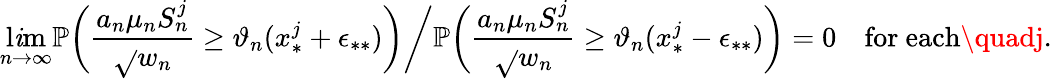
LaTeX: \operatorname*{l\mathit{i}m}_{n\to\infty}\mathbb{{P}}\bigg(\frac{{a_{n}\mu_{n}S_{n}^{j}}}{{\sqrt{}{{w_{n}}}}}\geq\vartheta_{n}(x_{*}^{j}+\epsilon_{**})\bigg)\bigg/\mathbb{{P}}\bigg(\frac{{a_{n}\mu_{n}S_{n}^{j}}}{{\sqrt{}{{w_{n}}}}}\geq\vartheta_{n}(x_{*}^{j}-\epsilon_{**})\bigg)=0\quad\mathrm{{for~each}}\quadj.